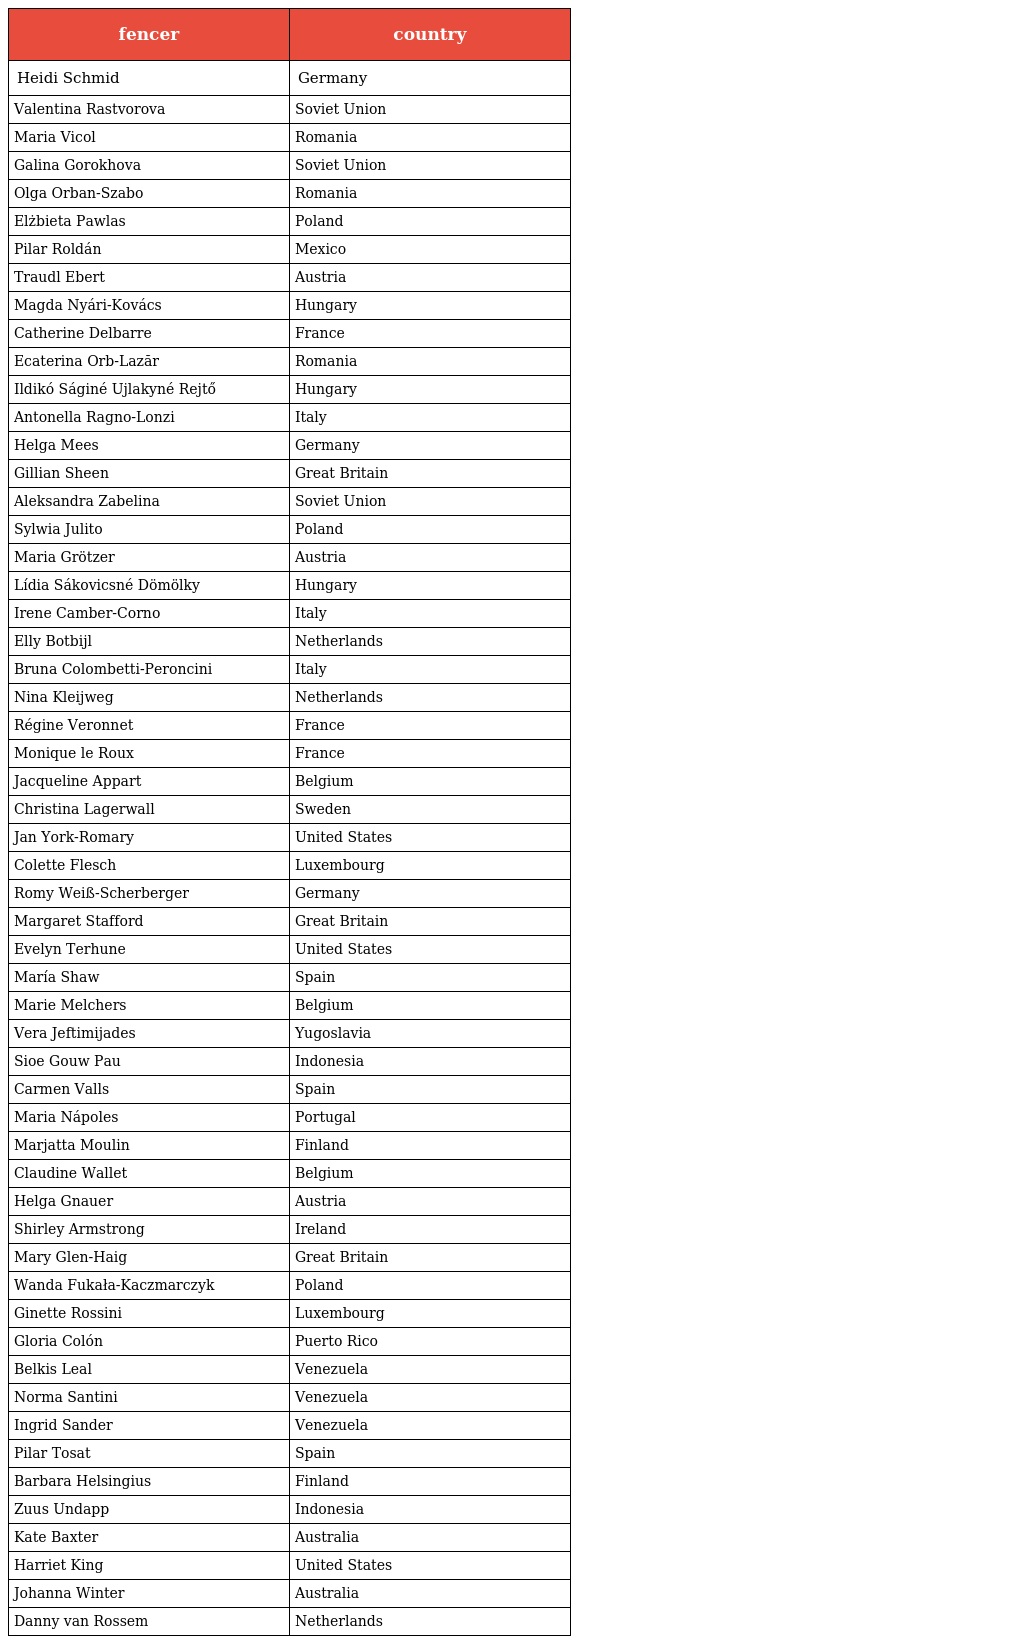
| fencer | country |
 | --- | --- |
 | Heidi Schmid | Germany |
 | Valentina Rastvorova | Soviet Union |
 | Maria Vicol | Romania |
 | Galina Gorokhova | Soviet Union |
 | Olga Orban-Szabo | Romania |
 | Elżbieta Pawlas | Poland |
 | Pilar Roldán | Mexico |
 | Traudl Ebert | Austria |
 | Magda Nyári-Kovács | Hungary |
 | Catherine Delbarre | France |
 | Ecaterina Orb-Lazăr | Romania |
 | Ildikó Ságiné Ujlakyné Rejtő | Hungary |
 | Antonella Ragno-Lonzi | Italy |
 | Helga Mees | Germany |
 | Gillian Sheen | Great Britain |
 | Aleksandra Zabelina | Soviet Union |
 | Sylwia Julito | Poland |
 | Maria Grötzer | Austria |
 | Lídia Sákovicsné Dömölky | Hungary |
 | Irene Camber-Corno | Italy |
 | Elly Botbijl | Netherlands |
 | Bruna Colombetti-Peroncini | Italy |
 | Nina Kleijweg | Netherlands |
 | Régine Veronnet | France |
 | Monique le Roux | France |
 | Jacqueline Appart | Belgium |
 | Christina Lagerwall | Sweden |
 | Jan York-Romary | United States |
 | Colette Flesch | Luxembourg |
 | Romy Weiß-Scherberger | Germany |
 | Margaret Stafford | Great Britain |
 | Evelyn Terhune | United States |
 | María Shaw | Spain |
 | Marie Melchers | Belgium |
 | Vera Jeftimijades | Yugoslavia |
 | Sioe Gouw Pau | Indonesia |
 | Carmen Valls | Spain |
 | Maria Nápoles | Portugal |
 | Marjatta Moulin | Finland |
 | Claudine Wallet | Belgium |
 | Helga Gnauer | Austria |
 | Shirley Armstrong | Ireland |
 | Mary Glen-Haig | Great Britain |
 | Wanda Fukała-Kaczmarczyk | Poland |
 | Ginette Rossini | Luxembourg |
 | Gloria Colón | Puerto Rico |
 | Belkis Leal | Venezuela |
 | Norma Santini | Venezuela |
 | Ingrid Sander | Venezuela |
 | Pilar Tosat | Spain |
 | Barbara Helsingius | Finland |
 | Zuus Undapp | Indonesia |
 | Kate Baxter | Australia |
 | Harriet King | United States |
 | Johanna Winter | Australia |
 | Danny van Rossem | Netherlands |